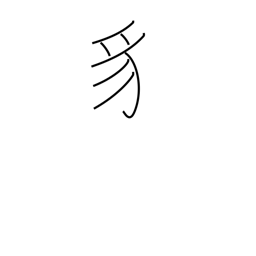
Meaning: snake